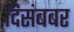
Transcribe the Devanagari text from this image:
दिसंबबर